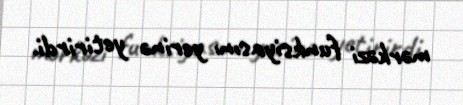
mərkəzi funksiyasını yerinə yetirirdi.